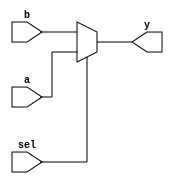
`timescale 1ns/1ns

module mux2S5( sel, a, b, y );

    input sel;
    input  [4:0] a, b;
    output [4:0] y;

    assign y = sel ? a : b ;

endmodule